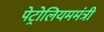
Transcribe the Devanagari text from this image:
पेट्रोलियममंत्री